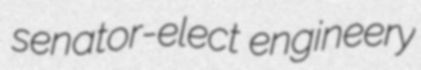
senator-elect engineery